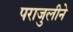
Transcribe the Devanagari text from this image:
पराजुलीने